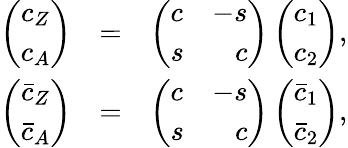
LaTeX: \begin{array}{rcl}{{\left(\begin{array}{c}{{c_{Z}}}\\ {{c_{A}}}\end{array}\right)}}&{{=}}&{{\left(\begin{array}{lr}{{c}}&{{-s}}\\ {{s}}&{{c}}\end{array}\right)\left(\begin{array}{c}{{c_{1}}}\\ {{c_{2}}}\end{array}\right),}}\\ {{\left(\begin{array}{c}{{\bar{c}_{Z}}}\\ {{\bar{c}_{A}}}\end{array}\right)}}&{{=}}&{{\left(\begin{array}{lr}{{c}}&{{-s}}\\ {{s}}&{{c}}\end{array}\right)\left(\begin{array}{c}{{\bar{c}_{1}}}\\ {{\bar{c}_{2}}}\end{array}\right),}}\end{array}